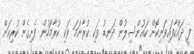
ފީ ދައްކާފައިވަނިކޮށް ކައުންސިލުން ދަނޑު ވަކި ކުރާނަމަ ވަކި ކުރާމަހުން ފެށިގެން ކުރިއަށް